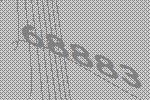
68883